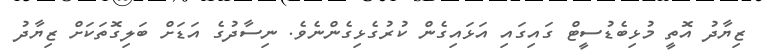
ޒިޔާދު އޮތީ މުޅިބެޑުސީޓް ގައިގައި އަޅައިގެން ކުރުގެޅިގެންނެވެ. ނިސާދުގެ އަޑަށް ބަލިގޮތަކަށް ޒިޔާދު